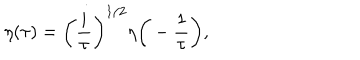
\eta ( \tau ) = \bigg ( \frac { i } { \tau } \bigg ) ^ { 1 / 2 } \eta \bigg ( - \frac { 1 } { \tau } \bigg ) ,